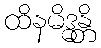
ထိနမိဒ္ဓန္တိ